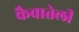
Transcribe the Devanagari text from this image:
कैवातेली